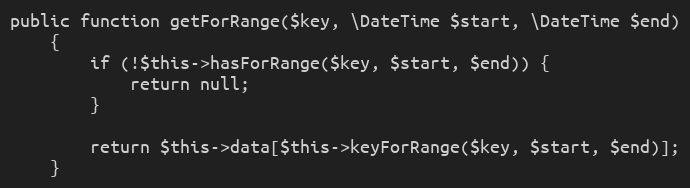
Language: PHP
public function getForRange($key, \DateTime $start, \DateTime $end)
    {
        if (!$this->hasForRange($key, $start, $end)) {
            return null;
        }

        return $this->data[$this->keyForRange($key, $start, $end)];
    }